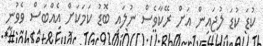
ކުޑަ ކުޑަ ލުޖައިން އަށް ރޭކާވެސް ނުލައި ބޮޑު ކަމަކަށް އެއްބަސް ވެވުނީ